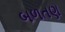
બળતણ